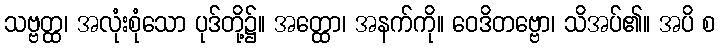
သဗ္ဗတ္ထ၊ အလုံးစုံသော ပုဒ်တို့၌။ အတ္ထော၊ အနက်ကို။ ဝေဒိတဗ္ဗော၊ သိအပ်၏။ အပိ စ